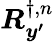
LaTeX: \boldsymbol{R}_{\boldsymbol{y^{\prime}}}^{\dagger,n}